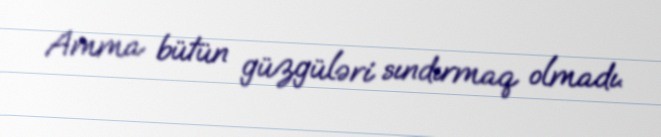
Amma bütün güzgüləri sındırmaq olmadı.